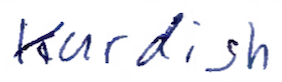
Text: Kurdish
Cross-out: clean
Writing tool: ballpoint